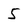
Character: 5